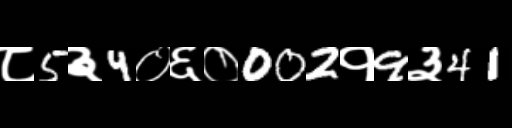
Text: ८5३4०६०002१9३41